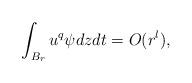
LaTeX: \begin{align*}\int_{B_r} u^{q} \psi dz dt= O(r^{l}),\ \end{align*}